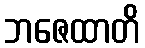
ဘဇေထာတိ